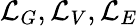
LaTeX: \mathcal{L}_{G},\mathcal{L}_{V},\mathcal{L}_{E}